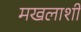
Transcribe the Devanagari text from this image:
मखलाशी